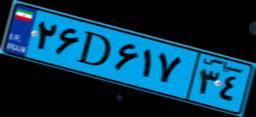
۲۶D۶۱۷۳۴